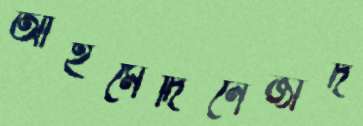
আহমেদিনেজাদ